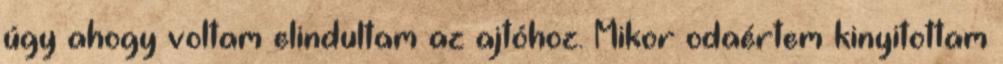
úgy ahogy voltam elindultam az ajtóhoz. Mikor odaértem kinyitottam